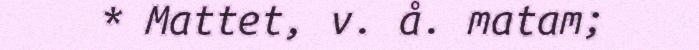
* Mattet, v. å. matam;